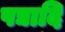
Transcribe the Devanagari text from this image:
पद्यादि